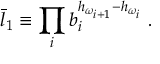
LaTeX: \bar { l } _ { 1 } \equiv \prod _ { i } b _ { i } ^ { h _ { \omega _ { i + 1 } } - h _ { \omega _ { i } } } \; .